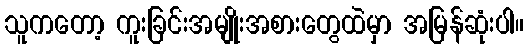
သူကတော့ ကူးခြင်းအမျိုးအစားတွေထဲမှာ အမြန်ဆုံးပါ။